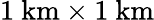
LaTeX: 1\ \mathrm{km}\times 1\ \mathrm{km}